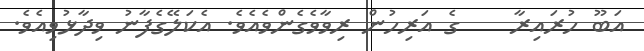
އަބޫ ހުރައިރާ    ގެ އަރިހުން ރިވާވެގެންވެއެވެ. އެކަލޭގެފާނު ވިދާޅުވިއެވެ.